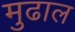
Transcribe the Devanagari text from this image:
मुढाल